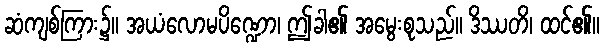
ဆံကျစ်ကြား၌။ အယံလောမပိဏ္ဍော၊ ဤခါ၏ အမွေးစုသည်။ ဒိဿတိ၊ ထင်၏။